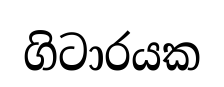
ගිටාරයක